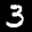
Label: 3